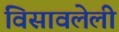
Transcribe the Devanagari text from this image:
विसावलेली